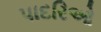
પાદરિઓ